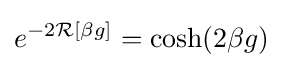
e^{-2{\mathcal {R}}[\beta g]}=\cosh(2\beta g)